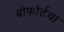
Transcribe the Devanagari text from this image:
बोफोर्टचा